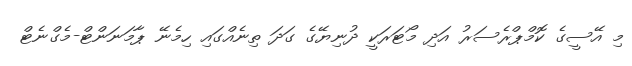
މި އޭސީގެ ކޮމްޕްރެސަރު އަދި މޯޓަރަކީ ދުނިޔޭގެ ގަދަ ތިނެއްގައި ހިމެނޭ ޕާމަނަންޓް-މެގްނެޓް